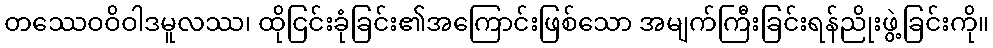
တဿေဝဝိဝါဒမူလဿ၊ ထိုငြင်းခုံခြင်း၏အကြောင်းဖြစ်သော အမျက်ကြီးခြင်းရန်ညိုးဖွဲ့ခြင်းကို။